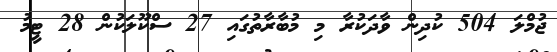
ޖުމްލަ 504 ކުދިން ވާދަކުރާ މި މުބާރާތުގައި 27 ސްކޫލަކުން 28 ޓީމު